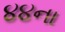
૪૪ના